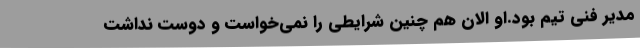
مدیر فنی تیم بود.او الان هم چنین شرایطی را نمی‌خواست و دوست نداشت